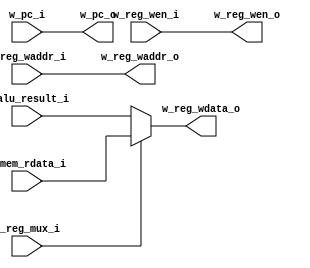
module wb(
    input [63:0]    w_pc_i,
    output [63:0]   w_pc_o,

    input [63:0]    w_alu_result_i,
    input [63:0]    w_mem_rdata_i,
    input           w_reg_wen_i,
    input           w_reg_mux_i,
    input [4:0]     w_reg_waddr_i,
    output          w_reg_wen_o,
    output [4:0]    w_reg_waddr_o,
    output [63:0]   w_reg_wdata_o
);

    assign w_pc_o = w_pc_i;
    assign w_reg_wen_o = w_reg_wen_i;
    assign w_reg_waddr_o = w_reg_waddr_i;
    assign w_reg_wdata_o = w_reg_mux_i ? w_mem_rdata_i : w_alu_result_i;

endmodule